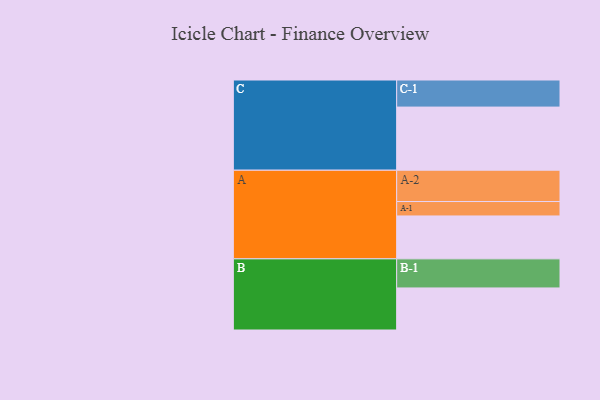
{"axis": {"x": "Segment", "y": "Value"}, "legend": ["", "A", "B", "C"], "data": [{"x": "A", "y": 407, "type": ""}, {"x": "B", "y": 399, "type": ""}, {"x": "C", "y": 599, "type": ""}, {"x": "A-1", "y": 137, "type": "A"}, {"x": "A-2", "y": 297, "type": "A"}, {"x": "B-1", "y": 276, "type": "B"}, {"x": "C-1", "y": 257, "type": "C"}]}